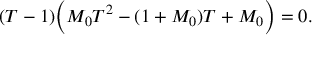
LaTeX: ( T - 1 ) \Bigl ( M _ { 0 } T ^ { 2 } - ( 1 + M _ { 0 } ) T + M _ { 0 } \Bigr ) = 0 .